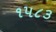
૧૫૮૩